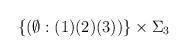
LaTeX: \begin{align*}\{(\emptyset:(1)(2)(3)) \} \times \Sigma_3\end{align*}